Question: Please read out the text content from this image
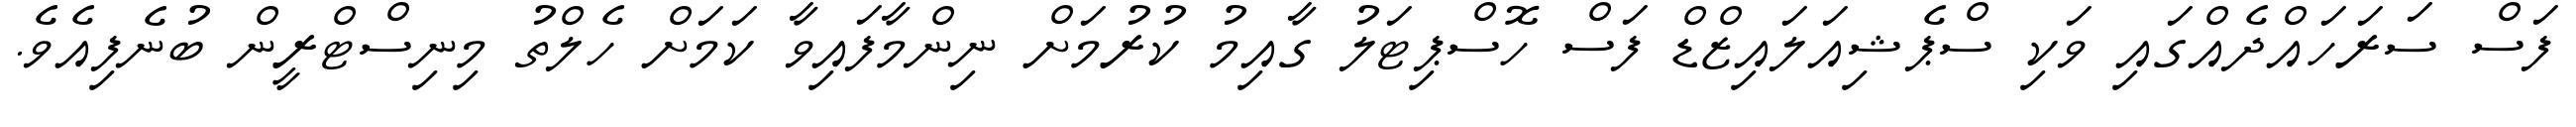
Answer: ފަސް ސަރަހައްދެއްގައި ވަކި ސްޕެޝިއަލައިޒްޑް ފަސް ހޮސްޕިޓަލު ގާއިމު ކުރުމަށް ނިންމާފައިވާ ކަމަށް ހެލްތު މިނިސްޓްރީން ބުނެފިއެވެ.